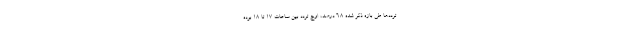
ترددها طی بازه ذکر شده 6.8 درصد، اوج تردد بین ساعات 17 تا 18 بوده